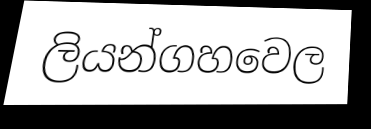
ලියන්ගහවෙල